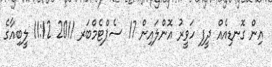
އިން ގޮނޑިއެއް ދީފި ހަވީރު އޮންލައިން 17 ސެޕްޓެމްބަރ 2011 11:12 ލީބިއާގެ